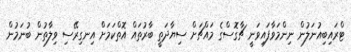
ޓްރައިބިއުނަލުން ނިންމަވާފައިވަނީ ޗާގޮސްގެ މައްޗަށް ސިޔާދަތީ ބާރުތައް އޮތްކަމަށް އިނގިރޭސި ވިލާތުން ބުނަމުން